Civil Veterinary Dept. North-West Frontier Province 1901-22 - 1901-1922
Year: 1901
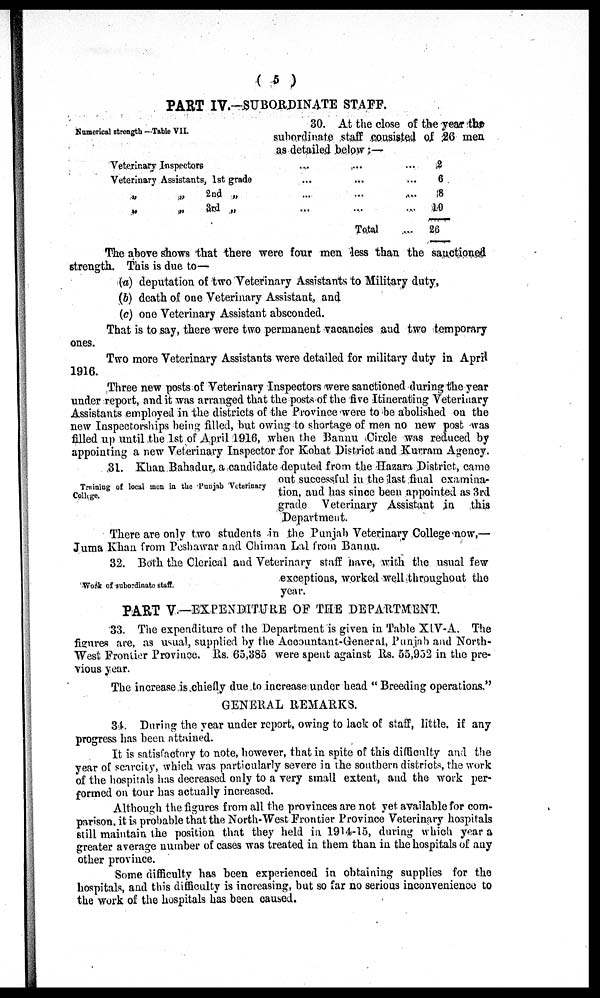
(5)
PART IV.-SUBORDINATE STAFF.
Numerical strength —Table VII.
30. At the close of the year the
subordinate staff consisted of 26 men
as detailed below :—
Veterinary Inspectors
Veterinary Assistants, 1st grade
„ „ 2nd „
„ „ 3rd „
...
...
...
...
...
...
...
...
Total
...
...
...
...
%
6
8
10
26
The above shows that there were four men less than the sanctioned
strength. This is due to—
(a) deputation of two Veterinary Assistants to Military duty,
(b) death of one Veterinary Assistant, and
(c) one Veterinary Assistant absconded.
That is to say, there were two permanent vacancies and two temporary
ones.
Two more Veterinary Assistants were detailed for military duty in April
1916.
Three new posts of Veterinary Inspectors were sanctioned during the year
under report, and it was arranged that the posts of the five Itinerating Veterinary
Assistants employed in the districts of the Province were to be abolished on the
new Inspectorships being filled, but owing to shortage of men no new post was
filled up until the 1st of April 1916, when the Bannu Circle was reduced by
appointing a new Veterinary Inspector for Kohat District and Kurram Agency.
Traning of local men in the Punjab Veterinary
Collage.
31. Khan Bahadur, a candidate deputed from the Hazara District, came
out successful in the last final examina-
tion, and has since been appointed as 3rd
grade Veterinary Assistant in this
Department.
There are only two students in the Punjab Veterinary College now,—
Juma Khan from Peshawar and Chiman Lal from Bannu.
Work of subordinate staff.
32. Both the Clerical and Veterinary staff have, with the usual few
exceptions, worked well throughout the
year.
PART V.—EXPENDITURE OF THE DEPARTMENT.
33. The expenditure of the Department is given in Table XIV-A. The
figures are, as usual, supplied by the Accountant-General, Punjab and North-
West Frontier Province. Rs. 65,385 were spent against Rs. 55,952 in the pre-
vious year.
The increase is chiefly due to increase under head "Breeding operations."
GENERAL REMARKS.
34. During the year under report, owing to lack of staff, little, if any
progress has been attained.
It is satisfactory to note, however, that in spite of this difficulty and the
year of searcity, which was particularly severe in the southern districts, the work
of the hospitals has decreased only to a very small extent, and the work per-
formed on tour has actually increased.
Although the figures from all the provinces are not yet available for com-
parison, it is probable that the North-West Frontier Province Veterinary hospitals
still maintain the position that they held in 1914-15, during which year a
greater average number of cases was treated in them than in the hospitals of any
other province.
Some difficulty has been experienced in obtaining supplies for the
hospitals, and this difficulty is increasing, but so far no serious inconvenience to
the work of the hospitals has been caused.